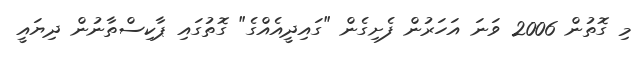
މި ގޮތުން 2006 ވަނަ އަހަރުން ފެށިގެން "ގައިދީއެއްގެ" ގޮތުގައި ޕާކިސްތާނުން ދިޔައީ